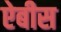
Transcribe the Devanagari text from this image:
ऐबीस